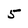
Character: 5